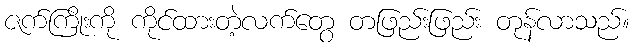
ဇက်ကြိုးကို ကိုင်ထားတဲ့လက်တွေ တဖြည်းဖြည်း တုန်လာသည်။